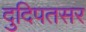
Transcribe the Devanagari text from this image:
दुदिपतसर